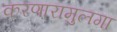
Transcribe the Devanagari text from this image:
करणारामुलगा